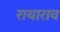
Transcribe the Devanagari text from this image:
रायाराव